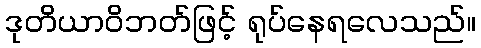
ဒုတိယာဝိဘတ်ဖြင့် ရုပ်နေရလေသည်။